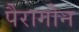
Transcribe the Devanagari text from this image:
पैरागोन